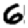
Digit: 6